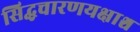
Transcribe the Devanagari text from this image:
सिद्धचारणयक्षाश्च